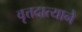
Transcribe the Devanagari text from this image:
वृत्तदात्याने